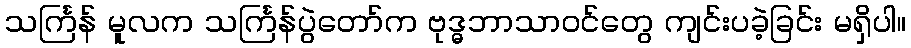
သင်္ကြန် မူလက သင်္ကြန်ပွဲတော်က ဗုဒ္ဓဘာသာဝင်တွေ ကျင်းပခဲ့ခြင်း မရှိပါ။